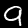
Label: 9